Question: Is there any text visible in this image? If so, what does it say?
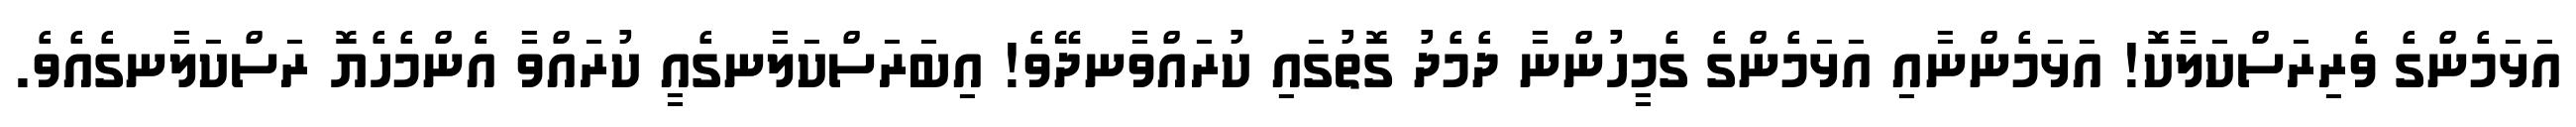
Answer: އަޅަމެންގެ ވެރިރަސްކަލާކޮ! އަޅަމެންނާއި އަޅަމެންގެ ގެމީހުންނާ ދެމެދު ގޮތުގައި ކުރައްވާނދޭވެ! އިބަރަސްކަލާނގެއީ ކުރައްވާ އެންމެހެޔޮ ރަސްކަލާނގެއެވެ.